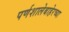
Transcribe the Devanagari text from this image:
पर्णशालेबाहेरच्या